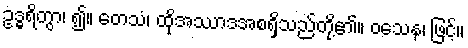
ဥဒ္ဓရိတွာ၊ ၍။ တေသံ၊ ထိုအဿာဒအစရှိသည်တို့၏။ ဝသေန၊ ဖြင့်။